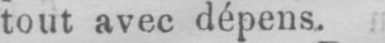
tout avec dépens.